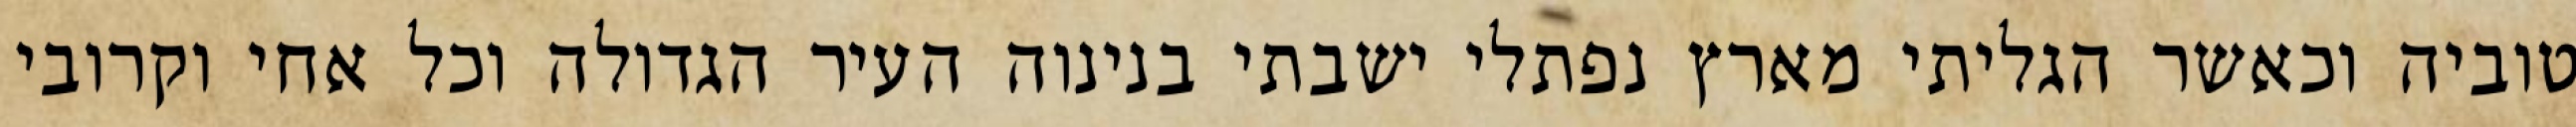
טוביה וכאשר הגליתי מארץ נפתלי ישבתי בנינוה העיר הגדולה וכל אחי וקרובי